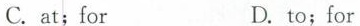
C. at;for D.to;for